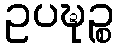
ဥပဍ္ဎဉ္စ